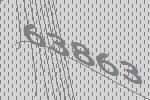
63863